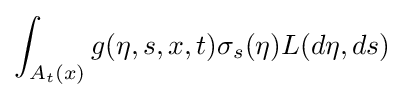
\int _{A_{t}(x)}g(\eta ,s,x,t)\sigma _{s}(\eta )L(d\eta ,ds)